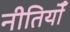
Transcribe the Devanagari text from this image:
नीतियोँ